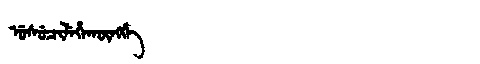
Manchu: ᡠᠰᡠᠴᡳᠯᡝᡥᠠᡴᡡᠩᡤᡝ
Romanization: USUCILEHAKŪNGGE